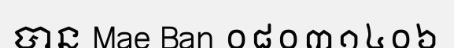
បាន Mae Ban ០៨០៣១៤០៦